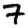
Digit: 7